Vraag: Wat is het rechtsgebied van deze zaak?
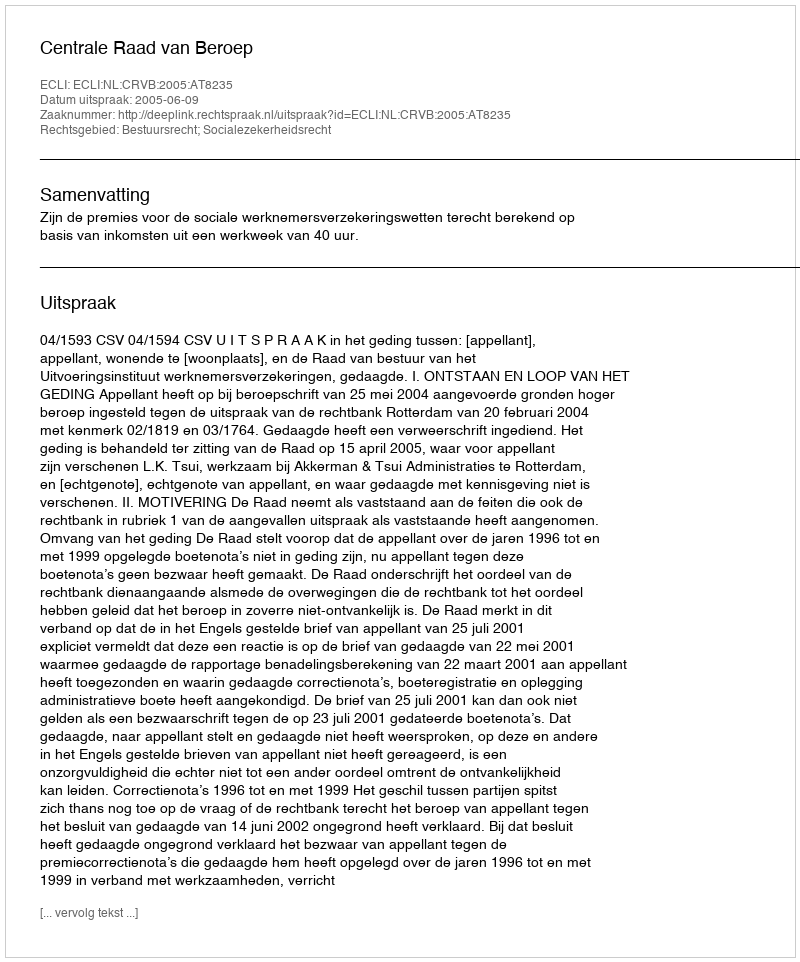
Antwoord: Bestuursrecht; Socialezekerheidsrecht